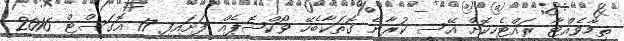
ތިމާވެއްޓާ ރައްޓެހިކޮށް އޭސީ ކުރާނެ ގޮތަކާބެހޭ ވޯކްޝޮޕެއް ފަށައިފި 17 އޮގަސްޓް 2016